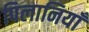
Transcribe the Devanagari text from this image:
पिलानियाँ